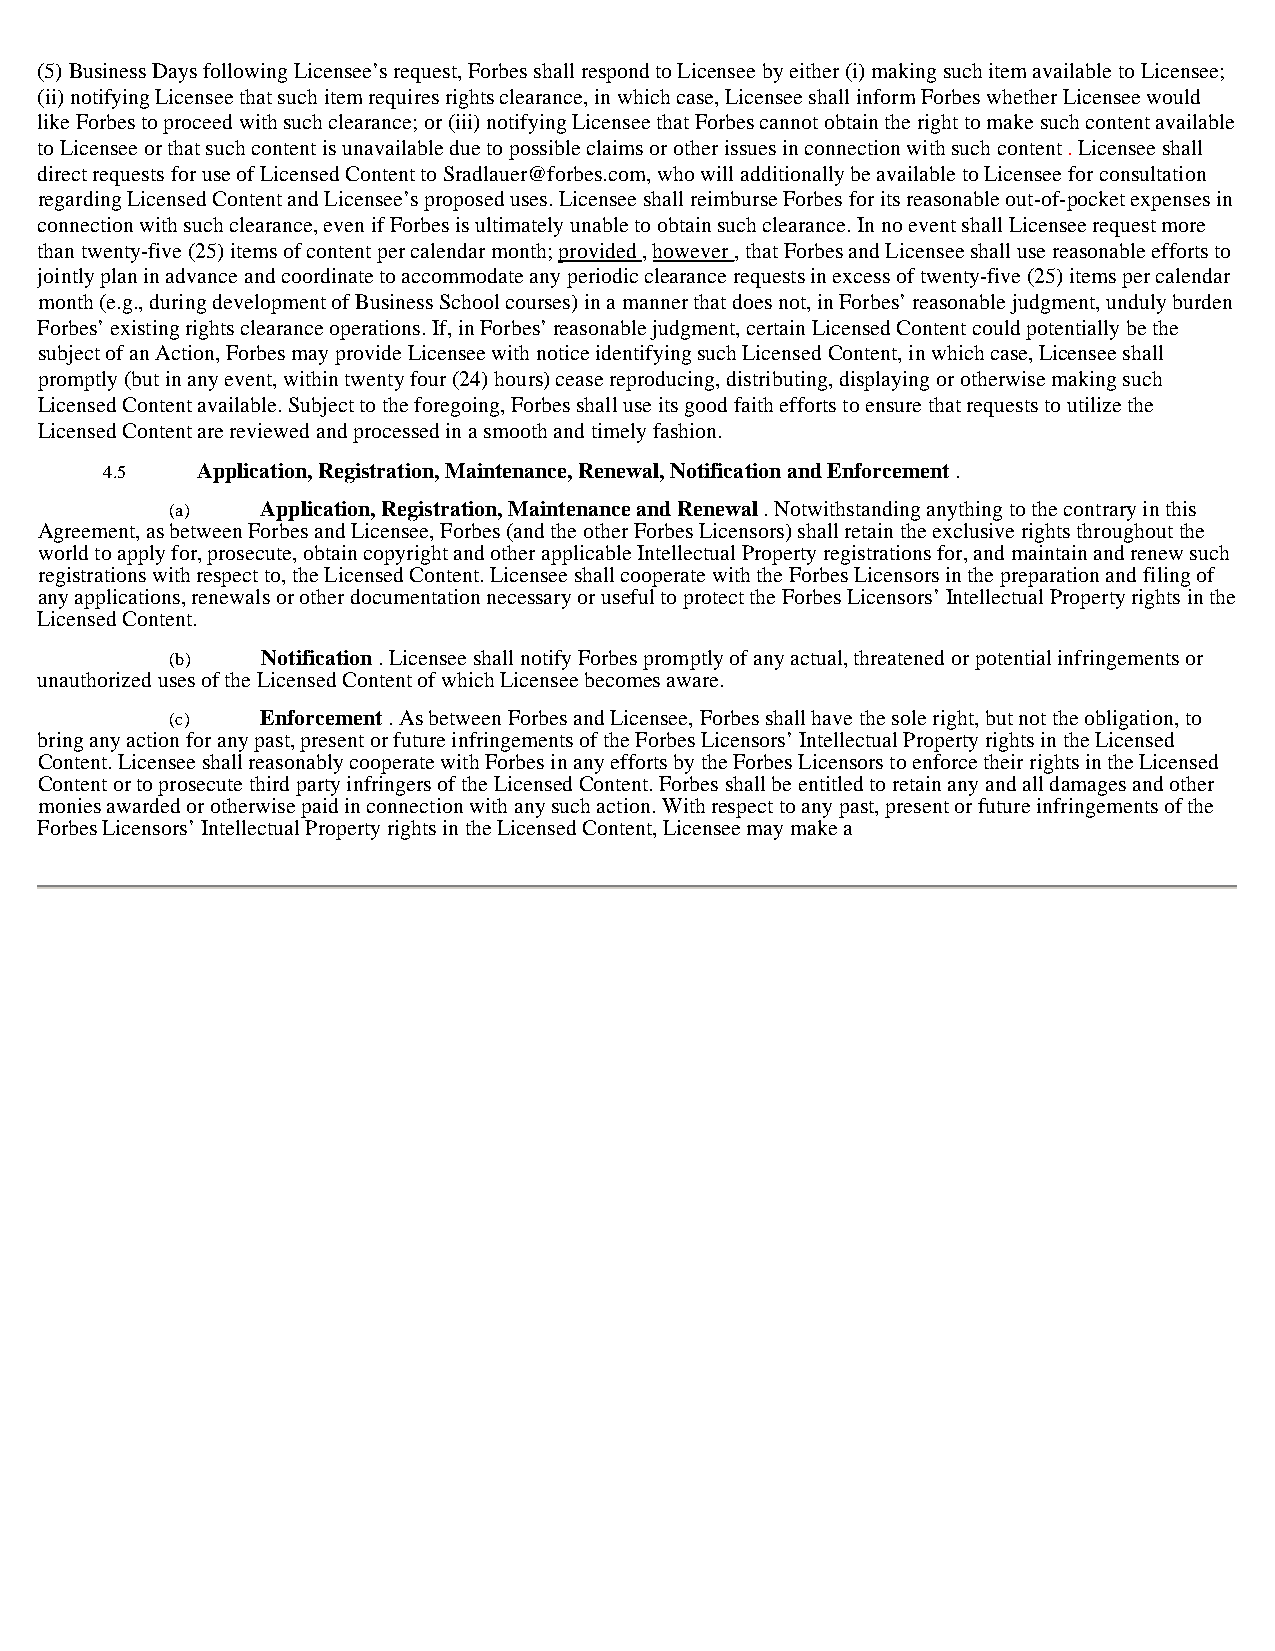
(5) Business Days following Licensee’s request, Forbes shall respond to Licensee by either (i) making such item available to Licensee;
 (ii) notifying Licensee that such item requires rights clearance, in which case, Licensee shall inform Forbes whether Licensee would
 like Forbes to proceed with such clearance; or (iii) notifying Licensee that Forbes cannot obtain the right to make such content available
 to Licensee or that such content is unavailable due to possible claims or other issues in connection with such content . Licensee shall
 direct requests for use of Licensed Content to Sradlauer@forbes.com, who will additionally be available to Licensee for consultation
 regarding Licensed Content and Licensee’s proposed uses. Licensee shall reimburse Forbes for its reasonable out-of-pocket expenses in
 connection with such clearance, even if Forbes is ultimately unable to obtain such clearance. In no event shall Licensee request more
 than twenty-five (25) items of content per calendar month; provided , however , that Forbes and Licensee shall use reasonable efforts to
 jointly plan in advance and coordinate to accommodate any periodic clearance requests in excess of twenty-five (25) items per calendar
 month (e.g., during development of Business School courses) in a manner that does not, in Forbes’ reasonable judgment, unduly burden
 Forbes’ existing rights clearance operations. If, in Forbes’ reasonable judgment, certain Licensed Content could potentially be the
 subject of an Action, Forbes may provide Licensee with notice identifying such Licensed Content, in which case, Licensee shall
 promptly (but in any event, within twenty four (24) hours) cease reproducing, distributing, displaying or otherwise making such
 Licensed Content available. Subject to the foregoing, Forbes shall use its good faith efforts to ensure that requests to utilize the
 Licensed Content are reviewed and processed in a smooth and timely fashion.
 4.5   Application, Registration, Maintenance, Renewal, Notification and Enforcement .
 (a)   Application, Registration, Maintenance and Renewal . Notwithstanding anything to the contrary in this
 Agreement, as between Forbes and Licensee, Forbes (and the other Forbes Licensors) shall retain the exclusive rights throughout the
 world to apply for, prosecute, obtain copyright and other applicable Intellectual Property registrations for, and maintain and renew such
 registrations with respect to, the Licensed Content. Licensee shall cooperate with the Forbes Licensors in the preparation and filing of
 any applications, renewals or other documentation necessary or useful to protect the Forbes Licensors’ Intellectual Property rights in the
 Licensed Content.
 (b)   Notification . Licensee shall notify Forbes promptly of any actual, threatened or potential infringements or
 unauthorized uses of the Licensed Content of which Licensee becomes aware.
 (c)   Enforcement . As between Forbes and Licensee, Forbes shall have the sole right, but not the obligation, to
 bring any action for any past, present or future infringements of the Forbes Licensors’ Intellectual Property rights in the Licensed
 Content. Licensee shall reasonably cooperate with Forbes in any efforts by the Forbes Licensors to enforce their rights in the Licensed
 Content or to prosecute third party infringers of the Licensed Content. Forbes shall be entitled to retain any and all damages and other
 monies awarded or otherwise paid in connection with any such action. With respect to any past, present or future infringements of the
 Forbes Licensors’ Intellectual Property rights in the Licensed Content, Licensee may make a